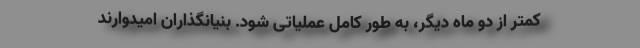
کمتر از دو ماه دیگر، به طور کامل عملیاتی شود. بنیانگذاران امیدوارند